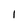
Character: l